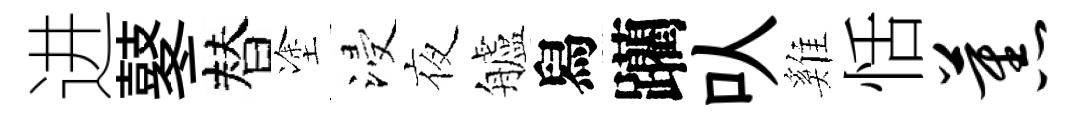
进鼕替塗浸夜艫舄躪㕥雞恬蕉